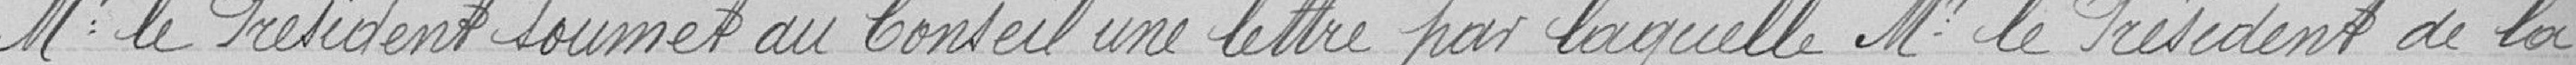
Monsieur le Président soumet au Conseil une lettre par laquelle Monsieur le Président de